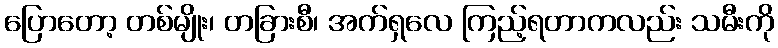
ပြောတော့ တစ်မျိုး၊ တခြားစီ၊ အက်ရှလေ ကြည့်ရတာကလည်း သမီးကို